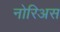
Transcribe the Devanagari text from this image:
नोरिअस